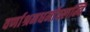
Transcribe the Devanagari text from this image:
वर्णाश्रमधर्मावलम्वि